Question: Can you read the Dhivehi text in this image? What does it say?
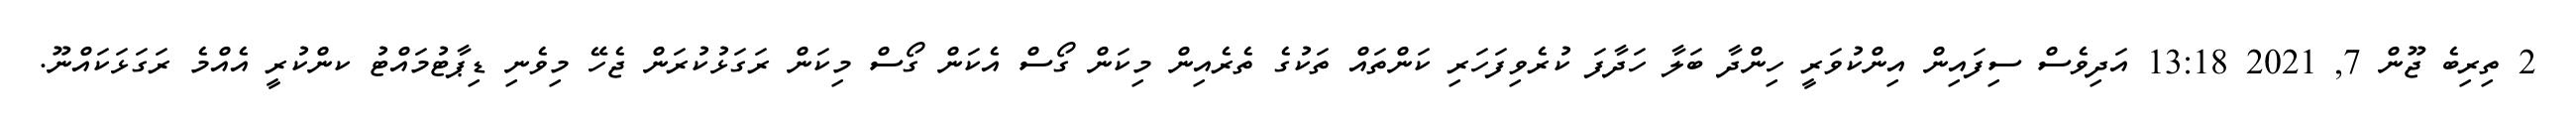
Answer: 2 ތިރިބެ ޖޫން 7, 2021 13:18 އަދިވެސް ސިފައިން އިންކުވަރީ ހިންދާ ބަލާ ހަދާފަ ކުރެވިފަހަރި ކަންތައް ތަކުގެ ތެރެއިން މިކަން ގޯސް އެކަން ގޯސް މިކަން ރަގަޅުކުރަން ޖެހޭ މިވެނި ޑިޕާޓުމައްޓު ކންކުރީ އެއްމެ ރަގަޅަކައްނޫ.